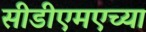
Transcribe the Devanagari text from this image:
सीडीएमएच्या